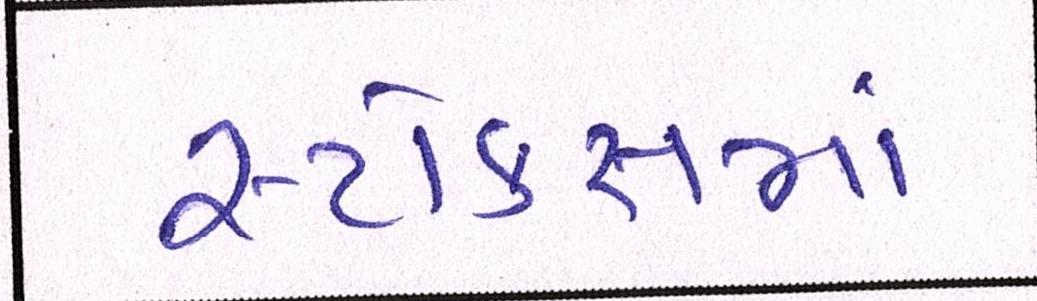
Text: સ્ટોક્સમાં